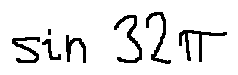
\sin 3 2 \pi